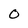
Character: O